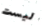
ليست